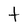
Character: T